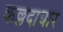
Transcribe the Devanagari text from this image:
कल्लदायार